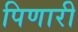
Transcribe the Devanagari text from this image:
पिणारी